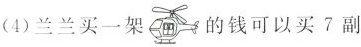
(4)兰兰买一架的钱可以买7副